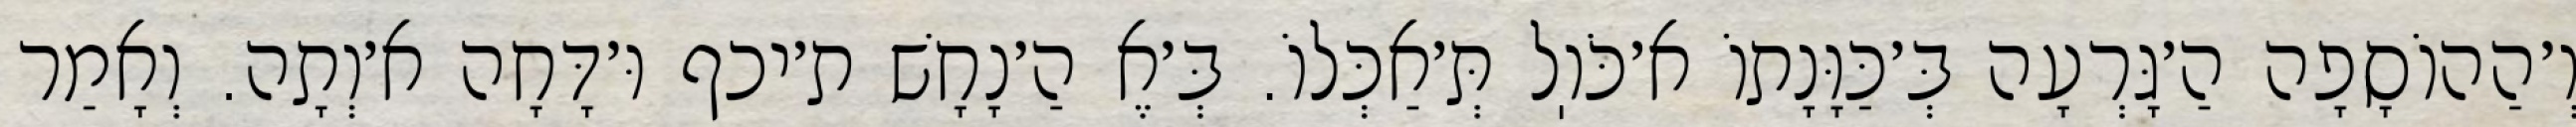
וְ׳הַהוֹסָפָה הַ׳גָּרְעָה בְּ׳כַּוָּנָתוֹ א׳כֹּוֽל תְּ׳אַכְּלוֹ. בְּ׳אֶ הַ׳נָחָשׁ ת׳יכף וּ׳דָּחָה א׳וְתָה. וְאָמַר